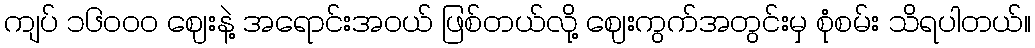
ကျပ် ၁၆၀ဝ၀ ဈေးနဲ့ အရောင်းအဝယ် ဖြစ်တယ်လို့ ဈေးကွက်အတွင်းမှ စုံစမ်း သိရပါတယ်။